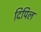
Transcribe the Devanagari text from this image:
दिपिल